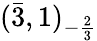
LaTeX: ({\bar{3}},1)_{-{\frac{2}{3}}}